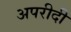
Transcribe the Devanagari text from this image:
अपरीदी